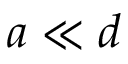
a \ll d